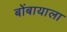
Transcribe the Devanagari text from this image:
बोंबायाला